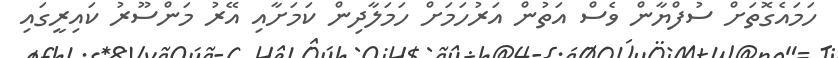
ހަމައެގޮތަށް ސުފްޔާން ވެސް އަތުން އަރުހަމަށް ހަމަލާދިން ކަމަށާއި އޭރު މަންސޫރު ކައިރީގައި